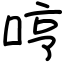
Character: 哼